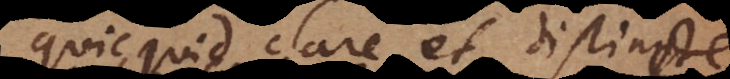
quicquid clare et distincte